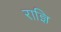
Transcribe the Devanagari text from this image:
राज्ञि